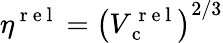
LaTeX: \eta^{\mathrm{~r~e~l~}}=\left(V_{\mathrm{~c~}}^{\mathrm{~r~e~l~}}\right)^{2/3}